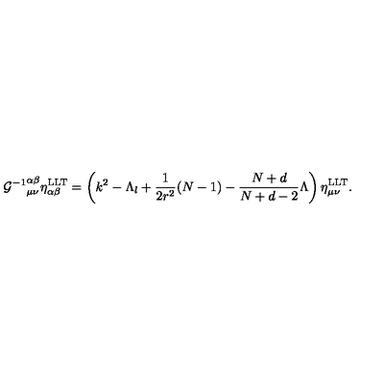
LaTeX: { { \cal G } ^ { - 1 } } _ { \mu \nu } ^ { \alpha \beta } \eta _ { \alpha \beta } ^ { \mathrm { L L T } } = \left( k ^ { 2 } - \Lambda _ { l } + \frac { 1 } { 2 r ^ { 2 } } ( N - 1 ) - \frac { N + d } { N + d - 2 } \Lambda \right) \eta _ { \mu \nu } ^ { \mathrm { L L T } } .